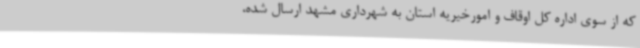
که از سوی اداره کل اوقاف و امورخیریه استان به شهرداری مشهد ارسال شده،